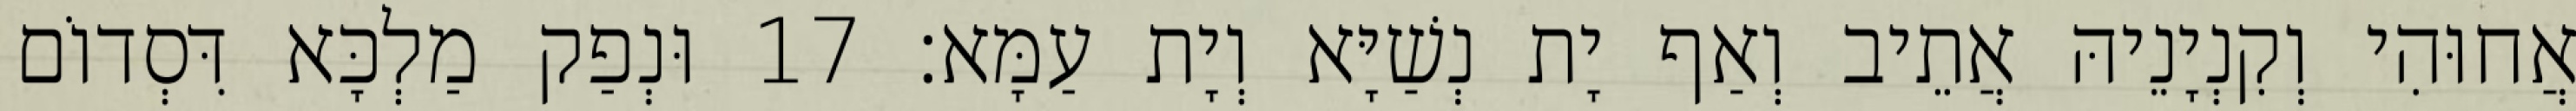
אֲחוּהִי וְקִנְיָנֵיהּ אֲתֵיב וְאַף יָת נְשַׁיָּא וְיָת עַמָּא׃ 17 וּנְפַק מַלְכָּא דִּסְדוֹם